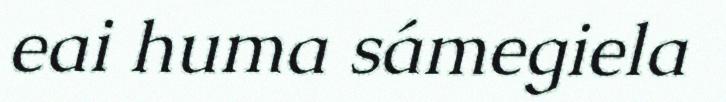
eai huma sámegiela